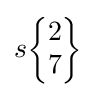
s{\begin{Bmatrix}2\\7\end{Bmatrix}}